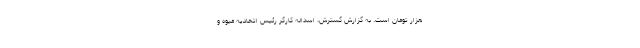
هزار تومان است. به گزارش گسترش، ‌اسداله کارگر رئیس اتحادیه میوه و